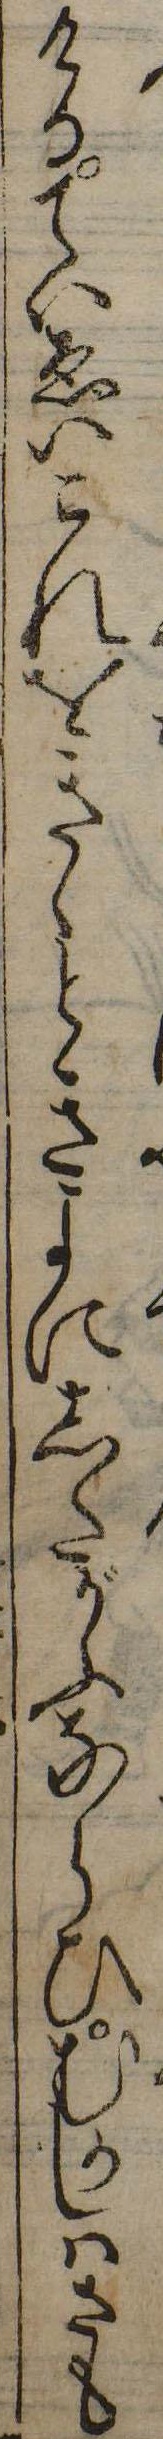
けるていゑいこれをきくときよにしたがふならひむかしはさも